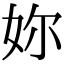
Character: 妳